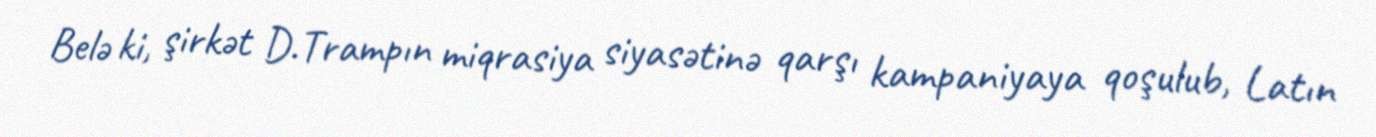
Belə ki, şirkət D.Trampın miqrasiya siyasətinə qarşı kampaniyaya qoşulub, Latın